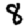
Digit: 8